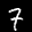
Label: 7